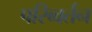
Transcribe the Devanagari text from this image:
परिब्वर्तन